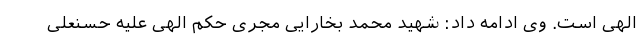
الهی است. وی ادامه داد: شهید محمد بخارایی مجری حکم الهی علیه حسنعلی